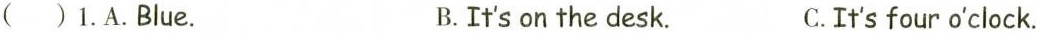
( )1.A.Blue. B.It's on the desk. C.It's four o'clock.